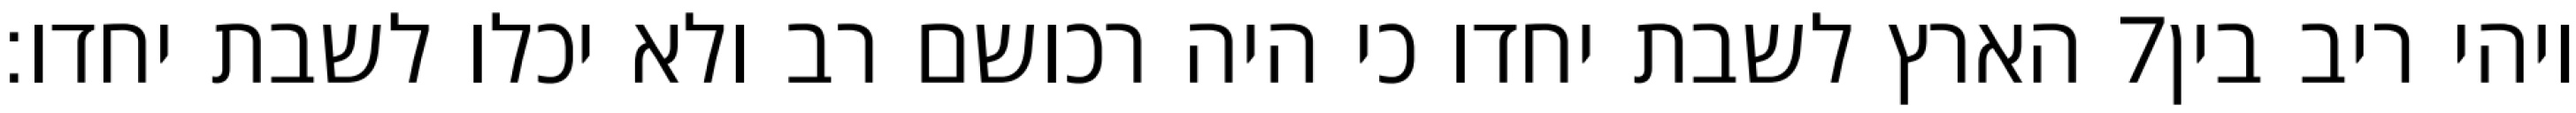
הארץ לשבת יחדו כי היה רכושם רב ולא יכלו לשבת יחדו׃ ‎7‏ ויהי ריב בין